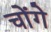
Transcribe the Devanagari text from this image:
चोंगे